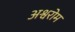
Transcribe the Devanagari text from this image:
अश्वरोम